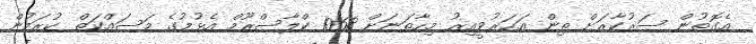
އެގޮތުން ސަރުކާރަށް ތިން އަހަރުވީއިރު މިހާތަނަށް 1068 ކްލާސްރޫމް އެޅުމުގެ މަސައްކަތް ކުރަމުން